Senior Leaving Certificate Examination (including Day School Certificate (Higher) General paper), 1950
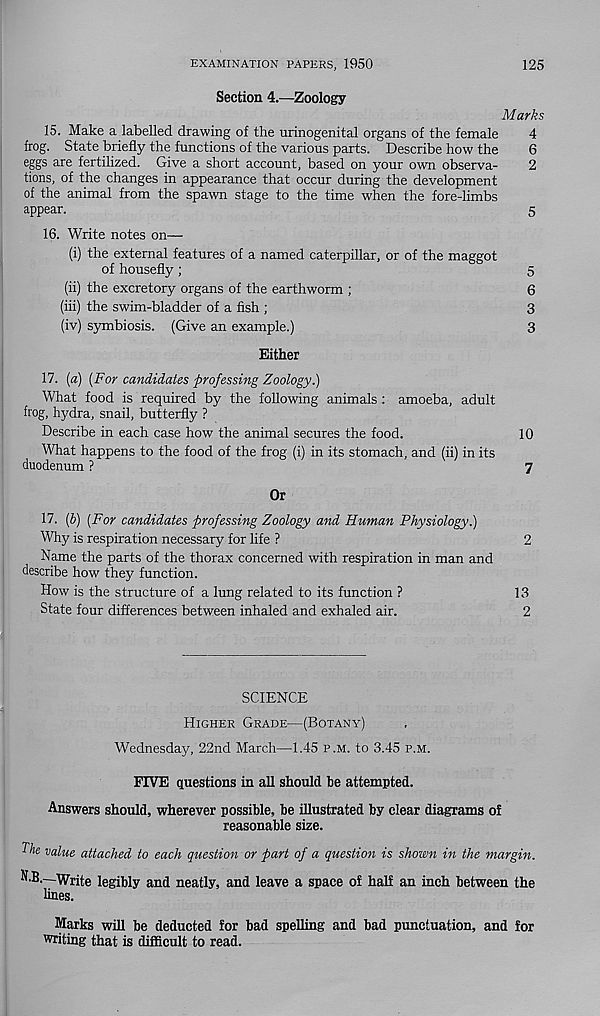
EXAMINATION PAPERS, 1950
125
Section 4.—Zoology
M arks
15. Make a labelled drawing of the urinogenital organs of the female
4
frog. State briefly the functions of the various parts. Describe how the
6
eggs are fertilized. Give a short account, based on your own observa-
2
tions, of the changes in appearance that occur during the development
of the animal from the spawn stage to the time when the fore-limbs
appear.
5
16. Write notes on—
(i) the external features of a named caterpillar, or of the maggot
of housefly;
5
(ii) the excretory organs of the earthworm ;
6
(iii) the swim-bladder of a fish ;
3
(iv) symbiosis. (Give an example.)
3
Either
17. {a) [For candidates professing Zoology.)
What food is required by the following animals : amoeba, adult
frog, hydra, snail, butterfly ?
Describe in each case how the animal secures the food.
10
What happens to the food of the frog (i) in its stomach, and (ii) in its
duodenum ?
7
Or
17. (b) [For candidates professing Zoology and Human Physiology.)
Why is respiration necessary for life ?
2
Name the parts of the thorax concerned with respiration in man and
describe how they function.
How is the structure of a lung related to its function ?
13
State four differences between inhaled and exhaled air.
2
SCIENCE
Higher Grade—(Botany)
Wednesday, 22nd March—1.45 p.m. to 3.45 p.m.
FIVE questions in all should be attempted.
Answers should, wherever possible, be illustrated by clear diagrams of
reasonable size.
value attached to each question or part of a question is shown in the margin.
N.B.—Write legibly and neatly, and leave a space of half an inch between the
lines.
Marks will be deducted for bad spelling and bad punctuation, and for
writing that is difficult to read.